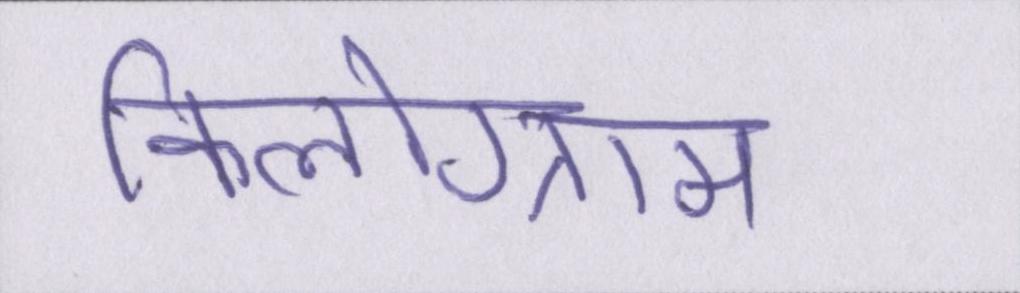
किलोग्राम